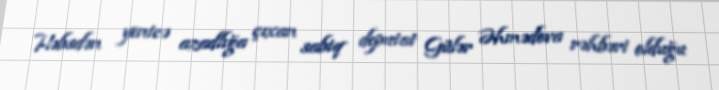
Həbsdən yenicə azadlığa çıxan sabiq deputat Gülər Əhmədova rəhbəri olduğu